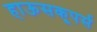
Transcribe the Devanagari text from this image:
हाऊसकूपर्स